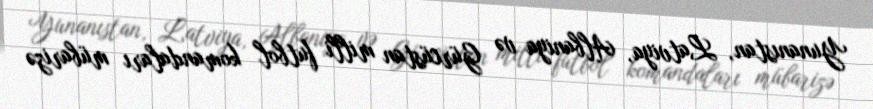
Yunanıstan, Latviya, Albaniya və Gürcüstan milli futbol komandaları mübarizə